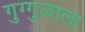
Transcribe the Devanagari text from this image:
गुग्गुळाला